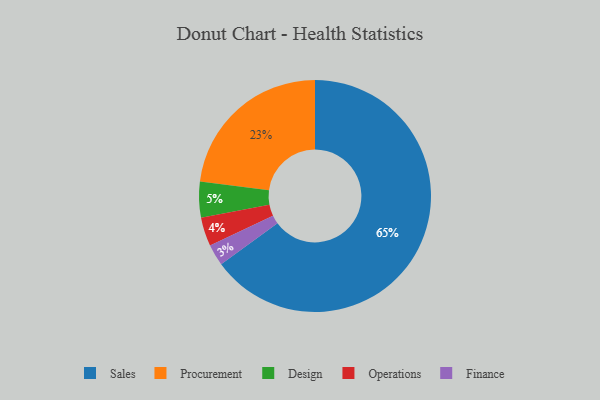
{"axis": {"x": "Category", "y": "Percentage"}, "legend": ["Design", "Finance", "Operations", "Procurement", "Sales"], "data": [{"x": "Design", "y": 5, "type": "Design"}, {"x": "Finance", "y": 3, "type": "Finance"}, {"x": "Operations", "y": 4, "type": "Operations"}, {"x": "Procurement", "y": 23, "type": "Procurement"}, {"x": "Sales", "y": 65, "type": "Sales"}]}